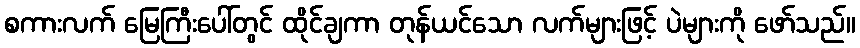
စကားလက် မြေကြီးပေါ်တွင် ထိုင်ချကာ တုန်ယင်သော လက်များဖြင့် ပဲများကို ဖော်သည်။